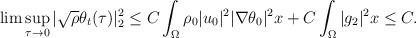
LaTeX: \begin{align*}\lim \sup_{\tau\rightarrow 0}|\sqrt{\rho}\theta_t(\tau)|^2_2 \leq C\int_{\Omega} \rho_0 |u_0|^2|\nabla \theta_0|^2x+C\int_{\Omega} |g_2|^2x\leq C.\end{align*}